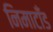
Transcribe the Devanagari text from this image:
निमाटाँड